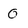
Character: 0